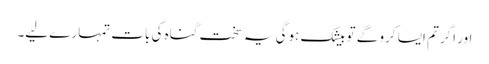
اور اگر تم ایسا کرو گے تو بیشک ہوگی یہ سخت گناہ کی بات تمہارے لیے۔